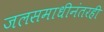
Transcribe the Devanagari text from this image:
जलसमाधीनंतरही